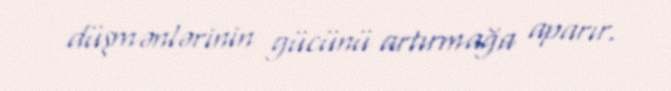
düşmənlərinin gücünü artırmağa aparır.